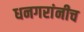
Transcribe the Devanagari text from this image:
धनगरांनीच